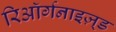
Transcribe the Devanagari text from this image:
रिऑर्गनाइज़्ड